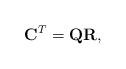
LaTeX: \begin{align*}{\bf C} ^T = {\bf Q} {\bf R} ,\end{align*}